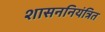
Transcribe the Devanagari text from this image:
शासननियंत्रित